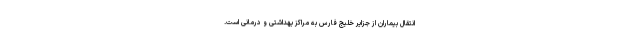
انتقال بیماران از جزایر خلیج فارس به مراکز بهداشتی و درمانی است.